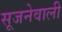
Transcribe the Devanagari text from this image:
सूजनेवाली